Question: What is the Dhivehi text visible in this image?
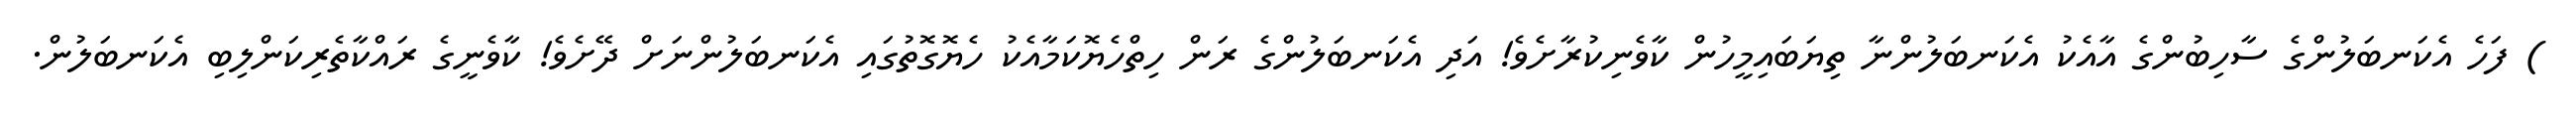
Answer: ) ފަހެ އެކަނބަލުންގެ ސާހިބުންގެ އާއެކު އެކަނބަލުންނާ ތިޔަބައިމީހުން ކާވެނިކުރާށެވެ! އަދި އެކަނބަލުންގެ ރަން ހިތްހެޔޮކަމާއެކު ހެޔޮގޮތުގައި އެކަނބަލުންނަށް ދޭށެވެ! ކާވެނީގެ ރައްކާތެރިކަންލިބި އެކަނބަލުން.